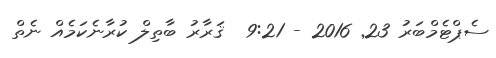
ސެޕްޓެމްބަރު 23